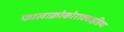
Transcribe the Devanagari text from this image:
फालाक्रोकोराक्वाइडिया